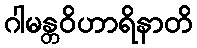
ဂါမန္တဝိဟာရိနာတိ